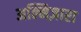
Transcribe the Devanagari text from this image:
अल्मिज़ारा